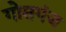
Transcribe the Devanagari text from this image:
गोसगंज